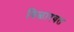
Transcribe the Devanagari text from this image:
विळारवत